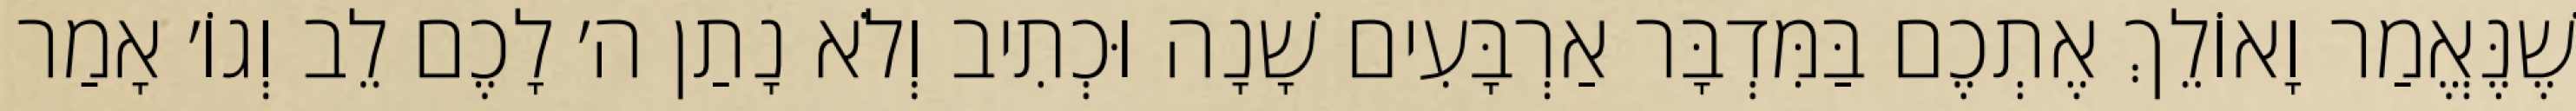
שֶׁנֶּאֱמַר וָאוֹלֵךְ אֶתְכֶם בַּמִּדְבָּר אַרְבָּעִים שָׁנָה וּכְתִיב וְלֹא נָתַן ה׳ לָכֶם לֵב וְגוֹ׳ אָמַר